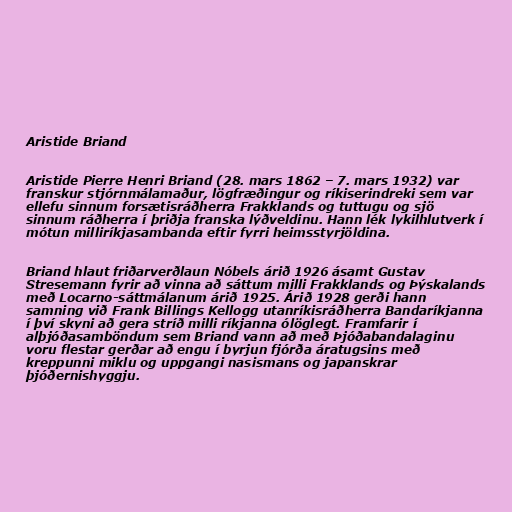
Aristide Briand

Aristide Pierre Henri Briand (28. mars 1862 – 7. mars 1932) var
franskur stjórnmálamaður, lögfræðingur og ríkiserindreki sem var
ellefu sinnum forsætisráðherra Frakklands og tuttugu og sjö
sinnum ráðherra í þriðja franska lýðveldinu. Hann lék lykilhlutverk í
mótun milliríkjasambanda eftir fyrri heimsstyrjöldina.

Briand hlaut friðarverðlaun Nóbels árið 1926 ásamt Gustav
Stresemann fyrir að vinna að sáttum milli Frakklands og Þýskalands
með Locarno-sáttmálanum árið 1925. Árið 1928 gerði hann
samning við Frank Billings Kellogg utanríkisráðherra Bandaríkjanna
í því skyni að gera stríð milli ríkjanna ólöglegt. Framfarir í
alþjóðasamböndum sem Briand vann að með Þjóðabandalaginu
voru flestar gerðar að engu í byrjun fjórða áratugsins með
kreppunni miklu og uppgangi nasismans og japanskrar
þjóðernishyggju.